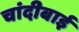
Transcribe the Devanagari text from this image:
चांदीबाई